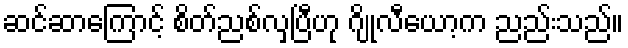
ဆင်ဆာကြောင့် စိတ်ညစ်လှပြီဟု ဂျိုလီယော့က ညည်းသည်။